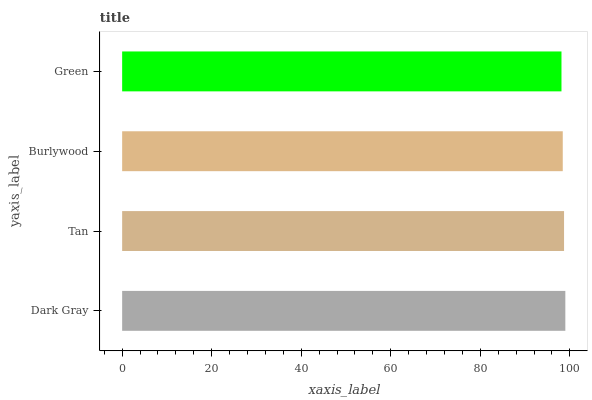
| yaxis_label | bars |
 | --- | --- |
 | Dark Gray | 99 |
 | Tan | 98.7 |
 | Burlywood | 98.4 |
 | Green | 98.1 |